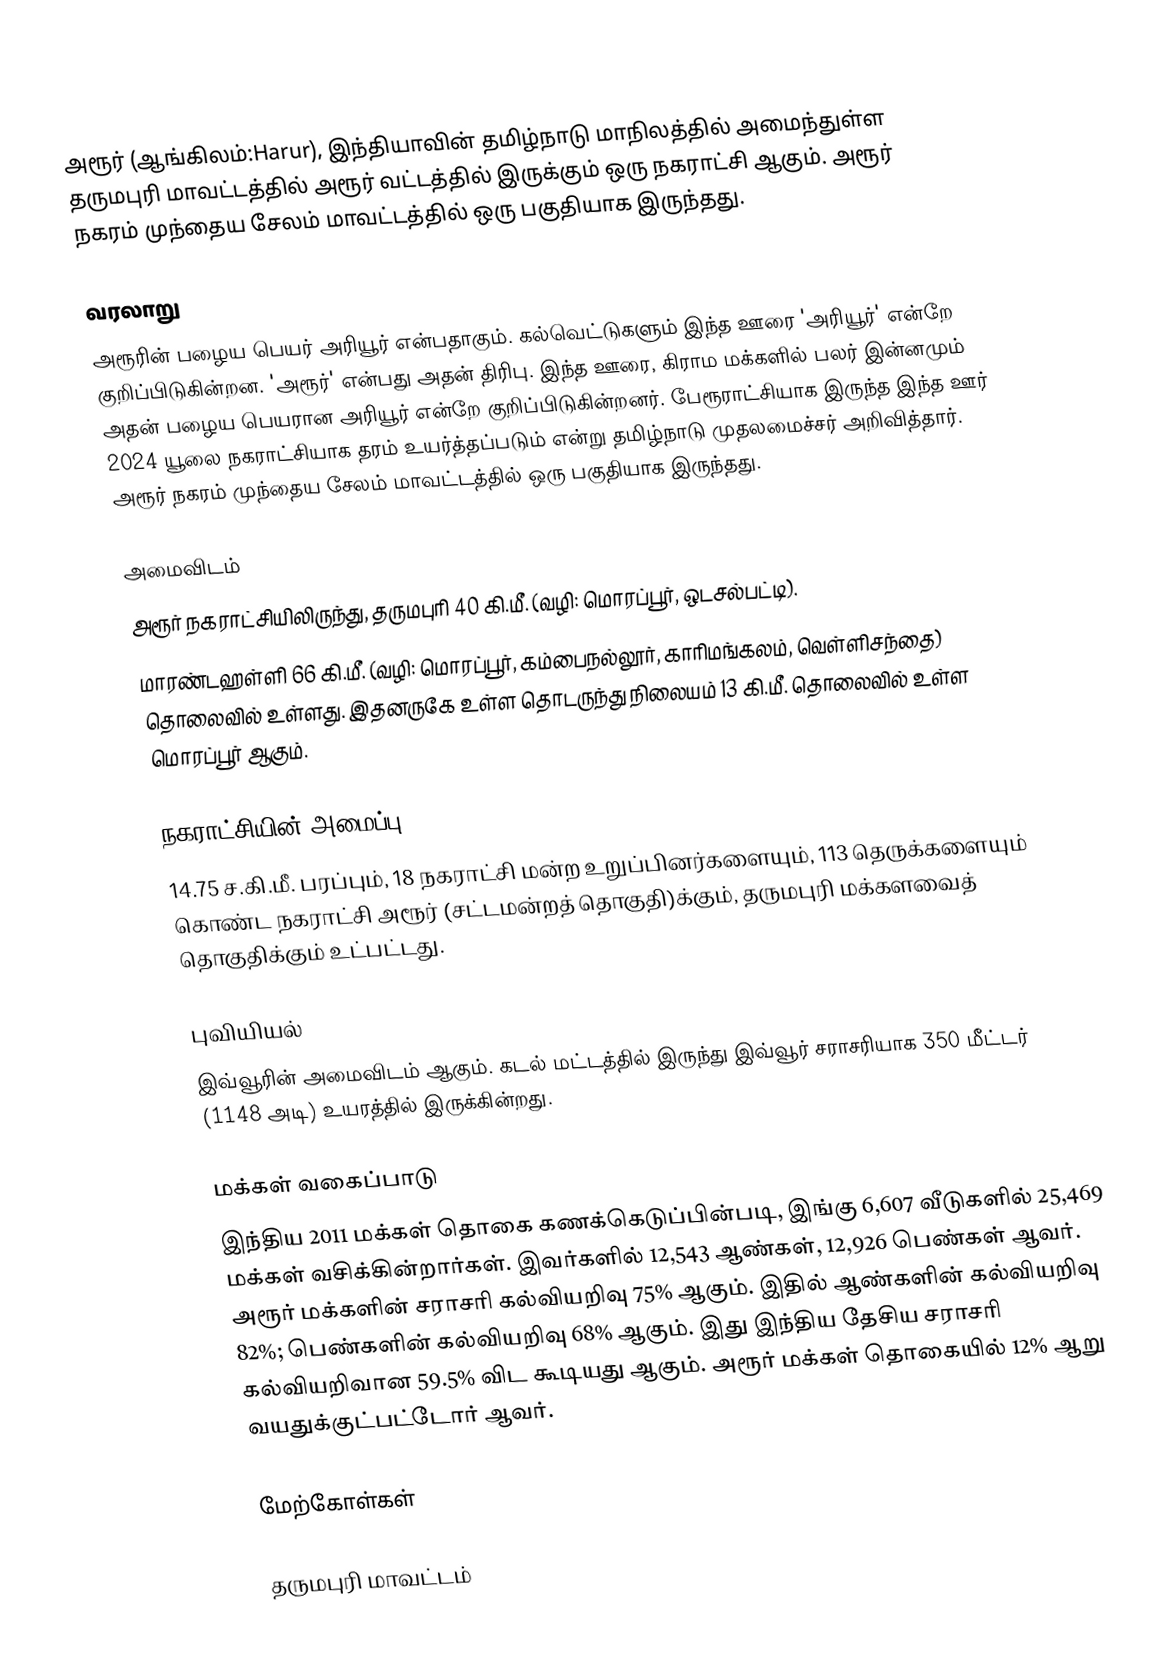
அரூர் (ஆங்கிலம்:Harur), இந்தியாவின் தமிழ்நாடு மாநிலத்தில் அமைந்துள்ள தருமபுரி மாவட்டத்தில் அரூர் வட்டத்தில் இருக்கும் ஒரு நகராட்சி ஆகும். அரூர் நகரம் முந்தைய சேலம் மாவட்டத்தில் ஒரு பகுதியாக இருந்தது.

வரலாறு
அரூரின் பழைய பெயர் அரியூர் என்பதாகும். கல்வெட்டுகளும் இந்த ஊரை 'அரியூர்' என்றே குறிப்பிடுகின்றன. 'அரூர்' என்பது அதன் திரிபு. இந்த ஊரை, கிராம மக்களில் பலர் இன்னமும் அதன் பழைய பெயரான அரியூர் என்றே குறிப்பிடுகின்றனர். பேரூராட்சியாக இருந்த இந்த ஊர் 2024 யூலை நகராட்சியாக தரம் உயர்த்தப்படும் என்று தமிழ்நாடு முதலமைச்சர் அறிவித்தார். அரூர் நகரம் முந்தைய சேலம் மாவட்டத்தில் ஒரு பகுதியாக இருந்தது.

அமைவிடம்
அரூர் நகராட்சியிலிருந்து, தருமபுரி 40 கி.மீ. (வழி: மொரப்பூர், ஒடசல்பட்டி).
மாரண்டஹள்ளி 66 கி.மீ. (வழி: மொரப்பூர், கம்பைநல்லூர், காரிமங்கலம், வெள்ளிசந்தை) தொலைவில் உள்ளது. இதனருகே உள்ள தொடருந்து நிலையம் 13 கி.மீ. தொலைவில் உள்ள மொரப்பூர் ஆகும்.

நகராட்சியின் அமைப்பு
14.75 ச.கி.மீ. பரப்பும், 18 நகராட்சி மன்ற உறுப்பினர்களையும், 113 தெருக்களையும் கொண்ட நகராட்சி அரூர் (சட்டமன்றத் தொகுதி)க்கும், தருமபுரி மக்களவைத் தொகுதிக்கும் உட்பட்டது.

புவியியல்
இவ்வூரின் அமைவிடம்  ஆகும். கடல் மட்டத்தில் இருந்து இவ்வூர் சராசரியாக 350 மீட்டர் (1148 அடி) உயரத்தில் இருக்கின்றது.

மக்கள் வகைப்பாடு
இந்திய 2011 மக்கள் தொகை கணக்கெடுப்பின்படி, இங்கு 6,607 வீடுகளில் 25,469 மக்கள் வசிக்கின்றார்கள். இவர்களில் 12,543 ஆண்கள், 12,926 பெண்கள் ஆவர். அரூர் மக்களின் சராசரி கல்வியறிவு 75% ஆகும். இதில் ஆண்களின் கல்வியறிவு 82%; பெண்களின் கல்வியறிவு 68% ஆகும். இது இந்திய தேசிய சராசரி கல்வியறிவான 59.5% விட கூடியது ஆகும். அரூர் மக்கள் தொகையில் 12%  ஆறு வயதுக்குட்பட்டோர் ஆவர்.

மேற்கோள்கள்

தருமபுரி மாவட்டம்